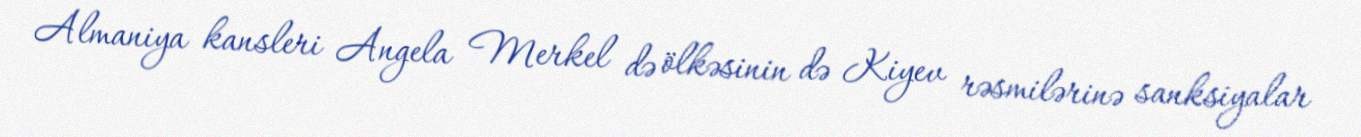
Almaniya kansleri Angela Merkel də ölkəsinin də Kiyev rəsmilərinə sanksiyalar